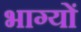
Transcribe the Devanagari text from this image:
भाग्यों